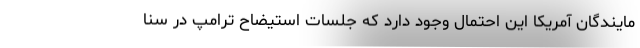
مایندگان آمریکا این احتمال وجود دارد که جلسات استیضاح ترامپ در سنا